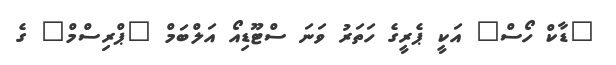
"ޑާކް ހޯސް" އަކީ ޕެރީގެ ހަތަރު ވަނަ ސްޓޫޑިއޯ އަލްބަމް "ޕްރިސްމް" ގެ